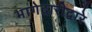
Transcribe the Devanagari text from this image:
भागेदारीद्वारे